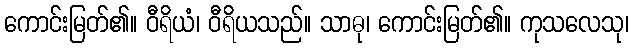
ကောင်းမြတ်၏။ ဝီရိယံ၊ ဝီရိယသည်။ သာဓု၊ ကောင်းမြတ်၏။ ကုသလေသု၊